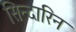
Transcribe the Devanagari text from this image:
सिन्दारिन